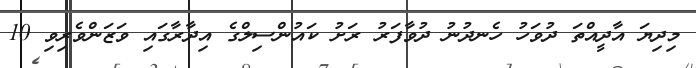
މިދިޔަ އާދީއްތަ ދުވަހު ހެނދުނު ދުވާފަރު ރަށު ކައުންސިލްގެ އިދާރާގައި ވަޒަންވެރިވި 10